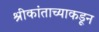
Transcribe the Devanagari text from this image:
श्रीकांताच्याकडून